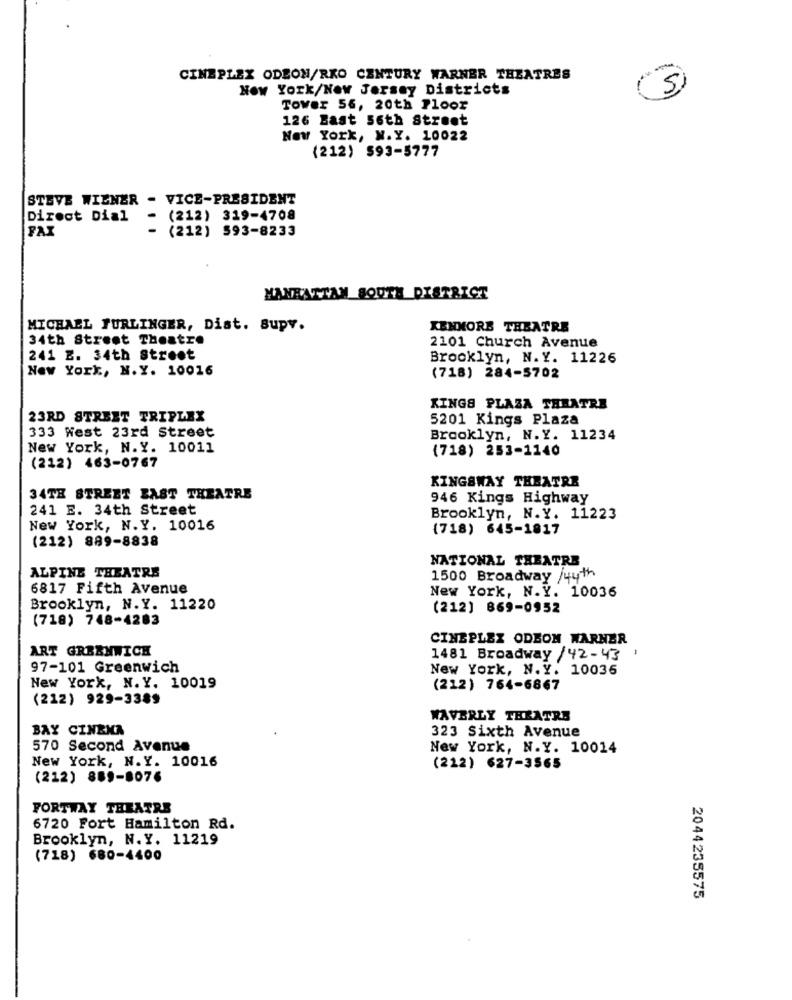
CINEPLEX ODEON/RKO CENTURY WARNER THEATRES
New York/New Jersey Districts
3
Tower 56, 20th Floor
126 Bast 56th Stroot
New York, N.Y. 10022
(212) $93-5777
STEVE WIENER - VICE-PRESIDENT
Direct Dial
-
(212) 319-4708
FAX
(212) 593-8233
MANHATTAN SOUTH DISTRICT
MICHAEL FURLINGER, Dist. Supv.
KENMORE THEATRE
34th Street Theatre
2101 Church Avenue
241 E. 34th Street
Brooklyn, N.Y. 11226
New York, N.Y. 10016
(718) 284-5702
KINGS PLAZA THEATRE
23RD STREET TRIPLEX
5201 Kings Plaza
333 West 23rd Street
Brooklyn, N.Y. 11234
New York, N.Y. 10011
(718) 253-1140
(212) 463-0767
KINGSWAY THEATRE
34TH STREET ZAST THEATRE
946 Kings Highway
241 E. 34th Street
Brooklyn, N.Y. 11223
New York, N.Y. 10016
(718) 645-1817
(212) 889-8838
NATIONAL THEATRE
ALPINE THEATRE
1500 Broadway /44th
6817 Fifth Avenue
New York, N.Y. 10036
Brooklyn, N.Y. 11220
(212] 869-0952
(718) 748-4283
CINEPLEX ODEON WARNER
ART GREENWICH
1481 Broadway/42-43,
97-101 Greenwich
New York, N.Y. 10036
New York, N.Y. 10019
(212) 764-6867
(212) 929-3389
WAVERLY THEATRE
BAY CINEMA
323 Sixth Avenue
570 Second Avenue
New York, N.Y. 10014
New York, N.Y. 10016
(212) 627-3565
(212) 889-8076
FORTWAY THEATRE
6720 Fort Hamilton Rd.
Brooklyn, N.Y. 11219
(718) 680-4400
2044235575